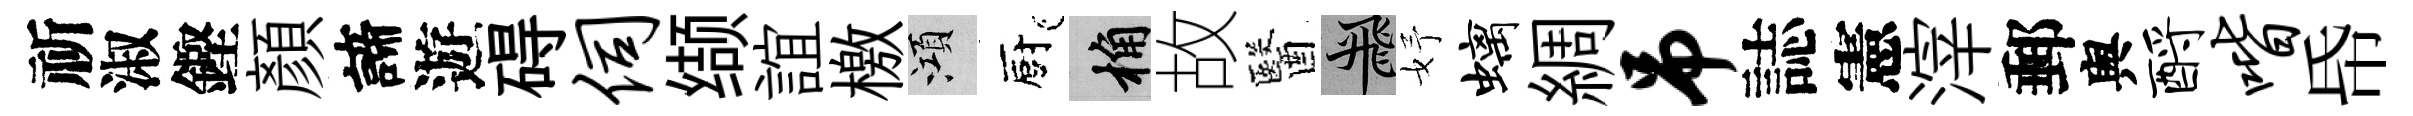
祈淑鏗顔諦遊碍伺缬誼檄澒廚桷故醫飛妤螭綢吊誌憲滓郵舆酹喈帋